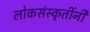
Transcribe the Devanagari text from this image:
लोकसंस्कृतींनी